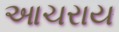
આચરાય